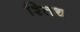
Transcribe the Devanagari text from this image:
श्तिथ